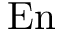
\mathrm { E n }